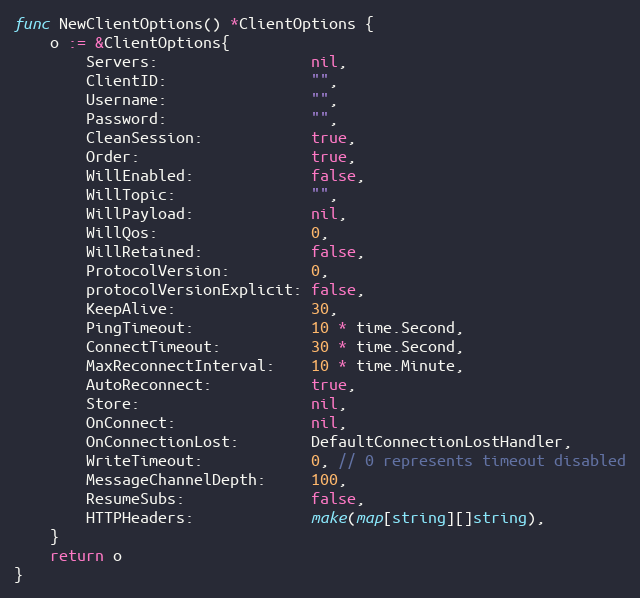
Language: Go
func NewClientOptions() *ClientOptions {
	o := &ClientOptions{
		Servers:                 nil,
		ClientID:                "",
		Username:                "",
		Password:                "",
		CleanSession:            true,
		Order:                   true,
		WillEnabled:             false,
		WillTopic:               "",
		WillPayload:             nil,
		WillQos:                 0,
		WillRetained:            false,
		ProtocolVersion:         0,
		protocolVersionExplicit: false,
		KeepAlive:               30,
		PingTimeout:             10 * time.Second,
		ConnectTimeout:          30 * time.Second,
		MaxReconnectInterval:    10 * time.Minute,
		AutoReconnect:           true,
		Store:                   nil,
		OnConnect:               nil,
		OnConnectionLost:        DefaultConnectionLostHandler,
		WriteTimeout:            0, // 0 represents timeout disabled
		MessageChannelDepth:     100,
		ResumeSubs:              false,
		HTTPHeaders:             make(map[string][]string),
	}
	return o
}